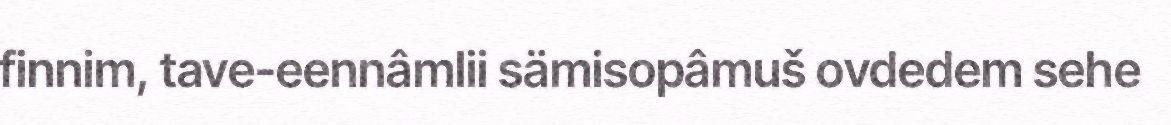
finnim, tave-eennâmlii sämisopâmuš ovdedem sehe